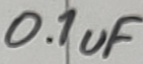
Text: 0.1uF